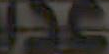
AS